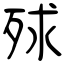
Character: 殏